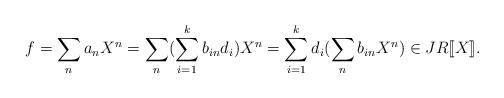
LaTeX: \begin{align*}f = \sum_n a_n X^n = \sum_n (\sum_{i=1}^k b_{in}d_i) X^n = \sum_{i=1}^k d_i (\sum_n b_{in} X^n) \in JR[\![X]\!].\end{align*}